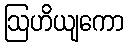
ဩဟိယျကော